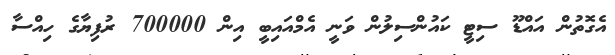
އެގޮތުން އައްޑޫ ސިޓީ ކައުންސިލުން ވަނީ އެމްއައިބީ އިން 700000 ރުފިޔާގެ ހިއްސާ